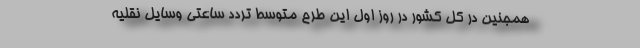
همجنین در کل کشور در روز اول این طرح متوسط تردد ساعتی وسایل نقلیه